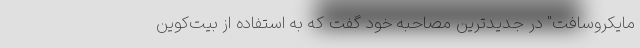
مایکروسافت" در جدیدترین مصاحبه خود گفت که به استفاده از بیت‌کوین